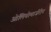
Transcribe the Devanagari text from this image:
ओलियोमार्जरीन